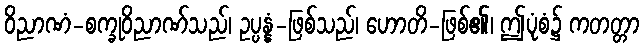
ဝိညာဏံ-စက္ခုဝိညာဏ်သည်၊ ဥပ္ပန္နံ-ဖြစ်သည်၊ ဟောတိ-ဖြစ်၏၊ ဤပုံစံ၌ ကတတ္တာ